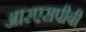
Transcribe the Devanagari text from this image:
आरएसपीबी